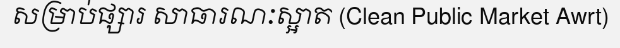
សម្រាប់ផ្សារ សាធារណៈស្អាត (Clean Public Market Awrt)